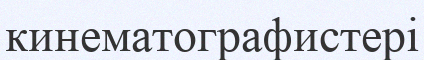
кинематографистері